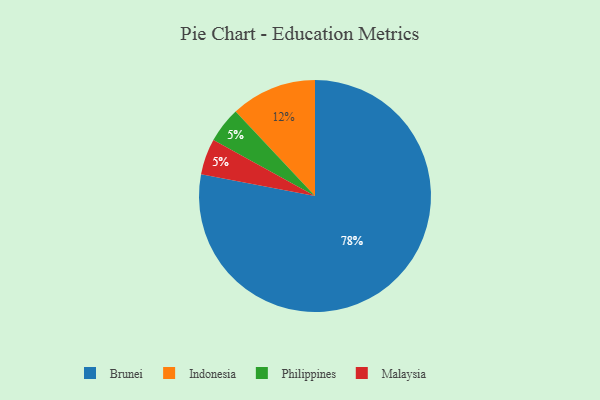
{"axis": {"x": "Category", "y": "Percentage"}, "legend": ["Brunei", "Indonesia", "Malaysia", "Philippines"], "data": [{"x": "Indonesia", "y": 12, "type": "Indonesia"}, {"x": "Philippines", "y": 5, "type": "Philippines"}, {"x": "Malaysia", "y": 5, "type": "Malaysia"}, {"x": "Brunei", "y": 78, "type": "Brunei"}]}